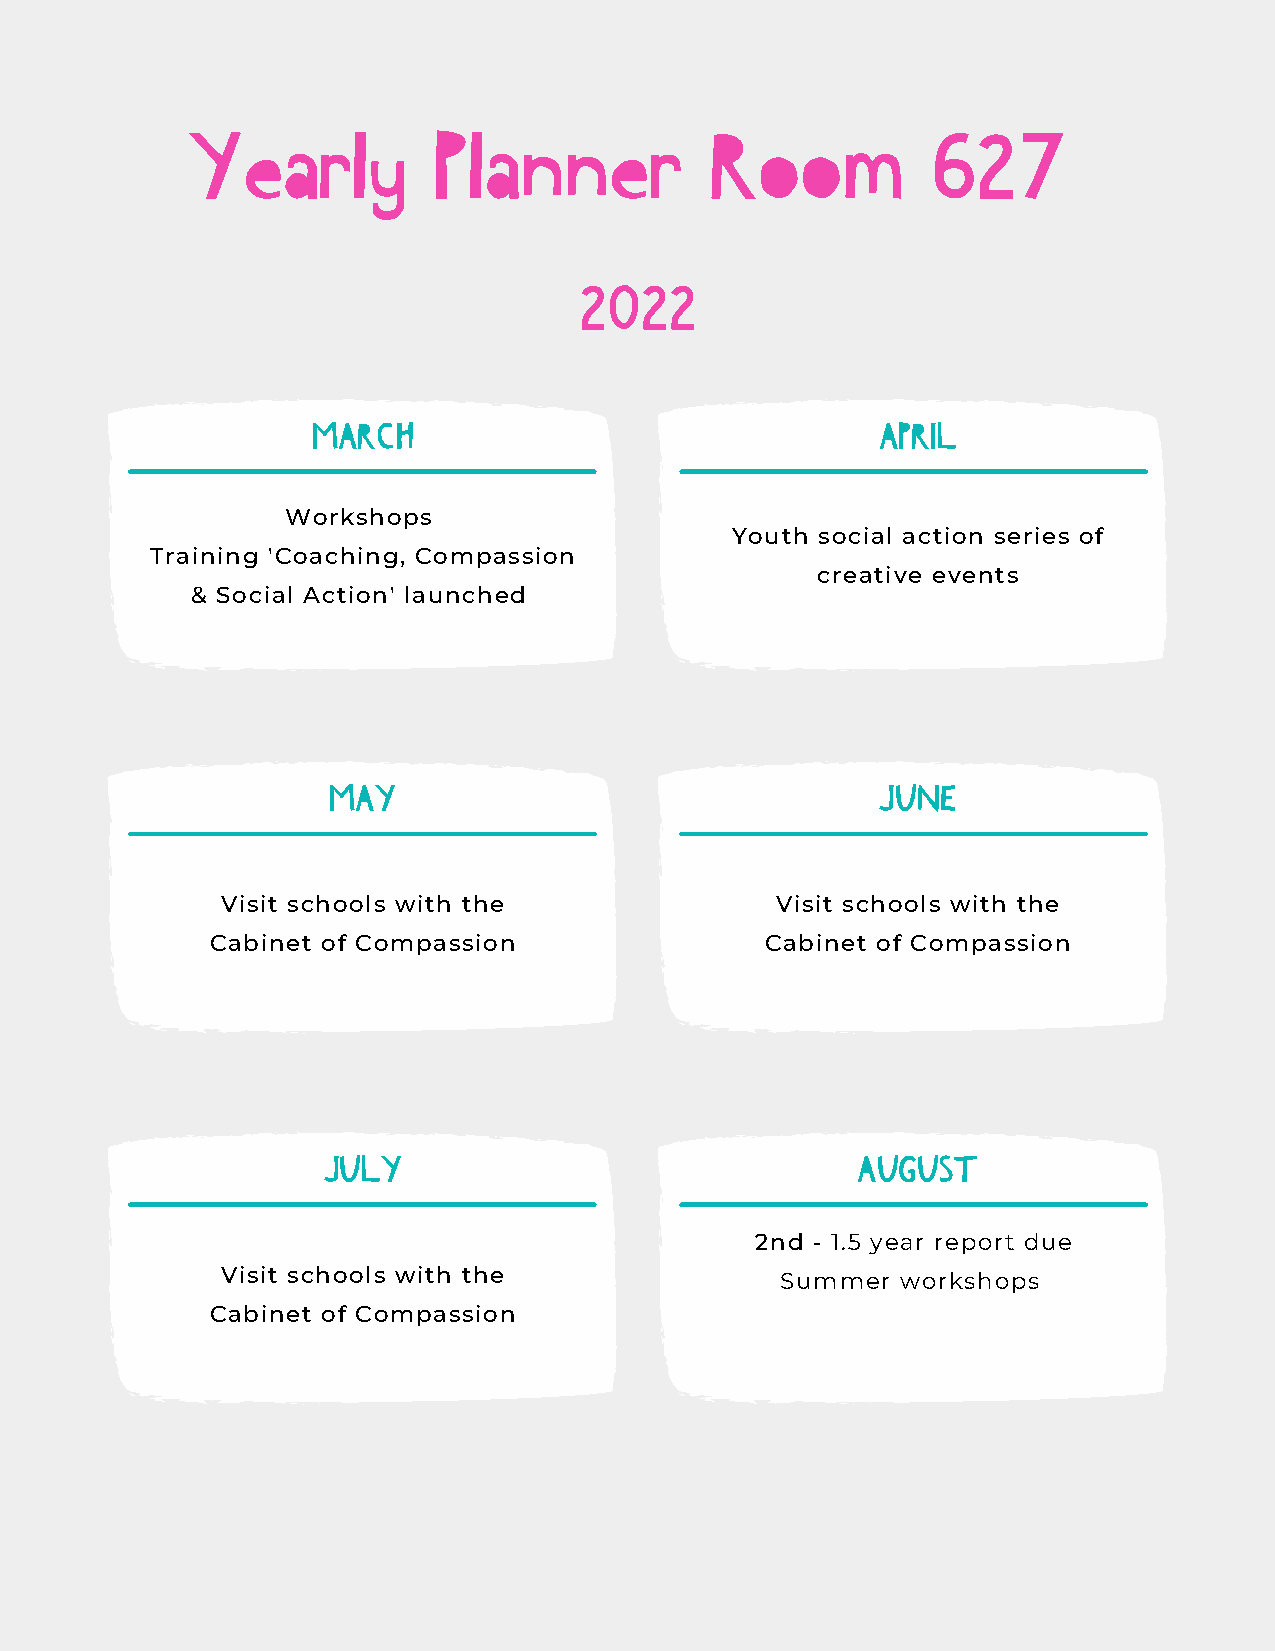
Yearly           Planner           Room           627
 2022
 MARCH                                APRIL
 Workshops
 Youth social action series of
 Training 'Coaching, Compassion
 creative events
 & Social Action' launched
 MAY                                 JUNE
 Visit schools with the              Visit schools with the
 Cabinet of Compassion                Cabinet of Compassion
 JULY                                AUGUST
 2nd - 1.5 year report due
 Visit schools with the               Summer  workshops
 Cabinet of Compassion